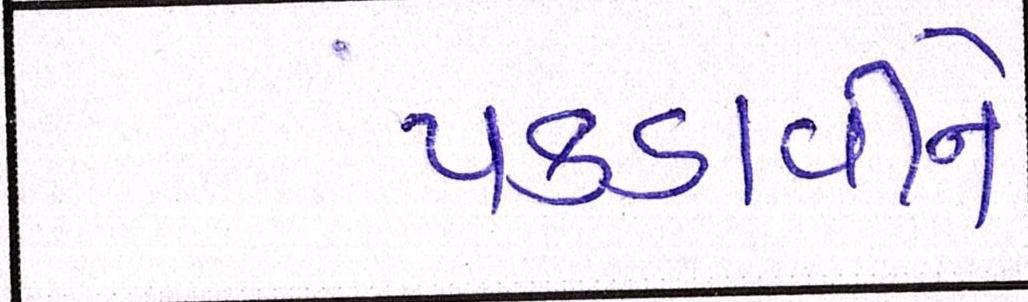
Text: પકડાવીને